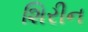
શિરીન